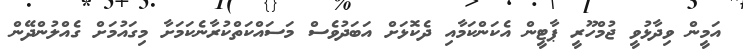
އަމީން ވިދާޅުވީ ޖުމްހޫރީ ޕާޓީން އެކަންކަމާއި ދެކޮޅަށް އަބަދުވެސް މަސައްކަތްކުރާނެކަމަށާ މިގައުމަށް ގެއްލުންދޭން